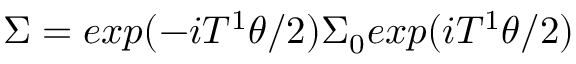
\Sigma = e x p ( - i T ^ { 1 } \theta / 2 ) \Sigma _ { 0 } e x p ( i T ^ { 1 } \theta / 2 )